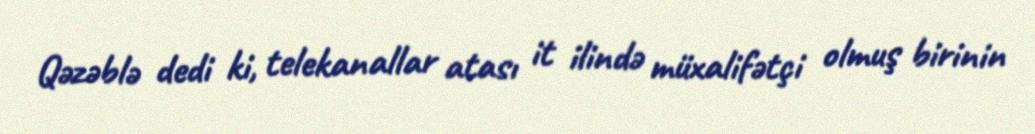
Qəzəblə dedi ki, telekanallar atası it ilində müxalifətçi olmuş birinin